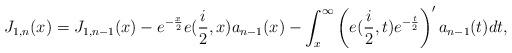
LaTeX: \begin{align*}J_{1,n}(x)=J_{1,n-1}(x)-e^{-\frac{x}{2}}e(\frac{i}{2},x)a_{n-1}(x)-\int_{x}^{\infty}\left( e(\frac{i}{2},t)e^{-\frac{t}{2}}\right) ^{\prime}a_{n-1}(t)dt, \end{align*}